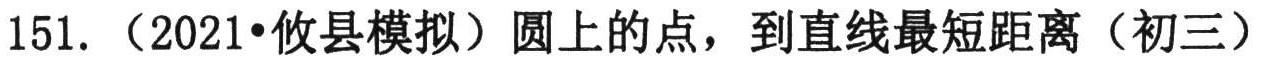
151. （2021•攸县模拟）圆上的点，到直线最短距离（初三）